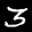
Label: 3